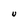
Character: U